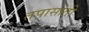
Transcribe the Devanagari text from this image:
तपासांती